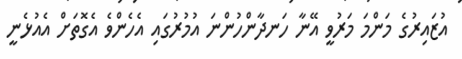
އުޒައިރުގެ މަންމަ މަރުވީ އޭނާ ހަނދާންހުންނަ އުމުރުގައި އެހެންވެ އެގޮތަށް އެއުޅެނީ